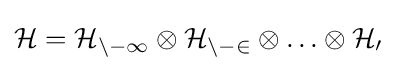
{\mathcal {H}}={\mathcal {H_{n-1}}}\otimes {\mathcal {H_{n-2}}}\otimes \ldots \otimes {\mathcal {H_{0}}}